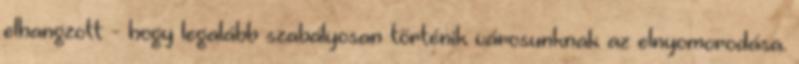
elhangzott - hogy legalább szabályosan történik városunknak az elnyomorodása.